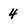
Character: 4